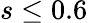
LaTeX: s\leq 0.6